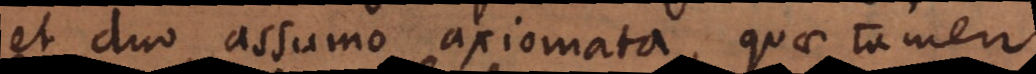
et duo assumo axiomata, quae tamen